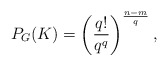
\begin{align*}P_G(K) = \left(\frac{q!}{q^q}\right)^{\frac{n-m}{q}},\end{align*}